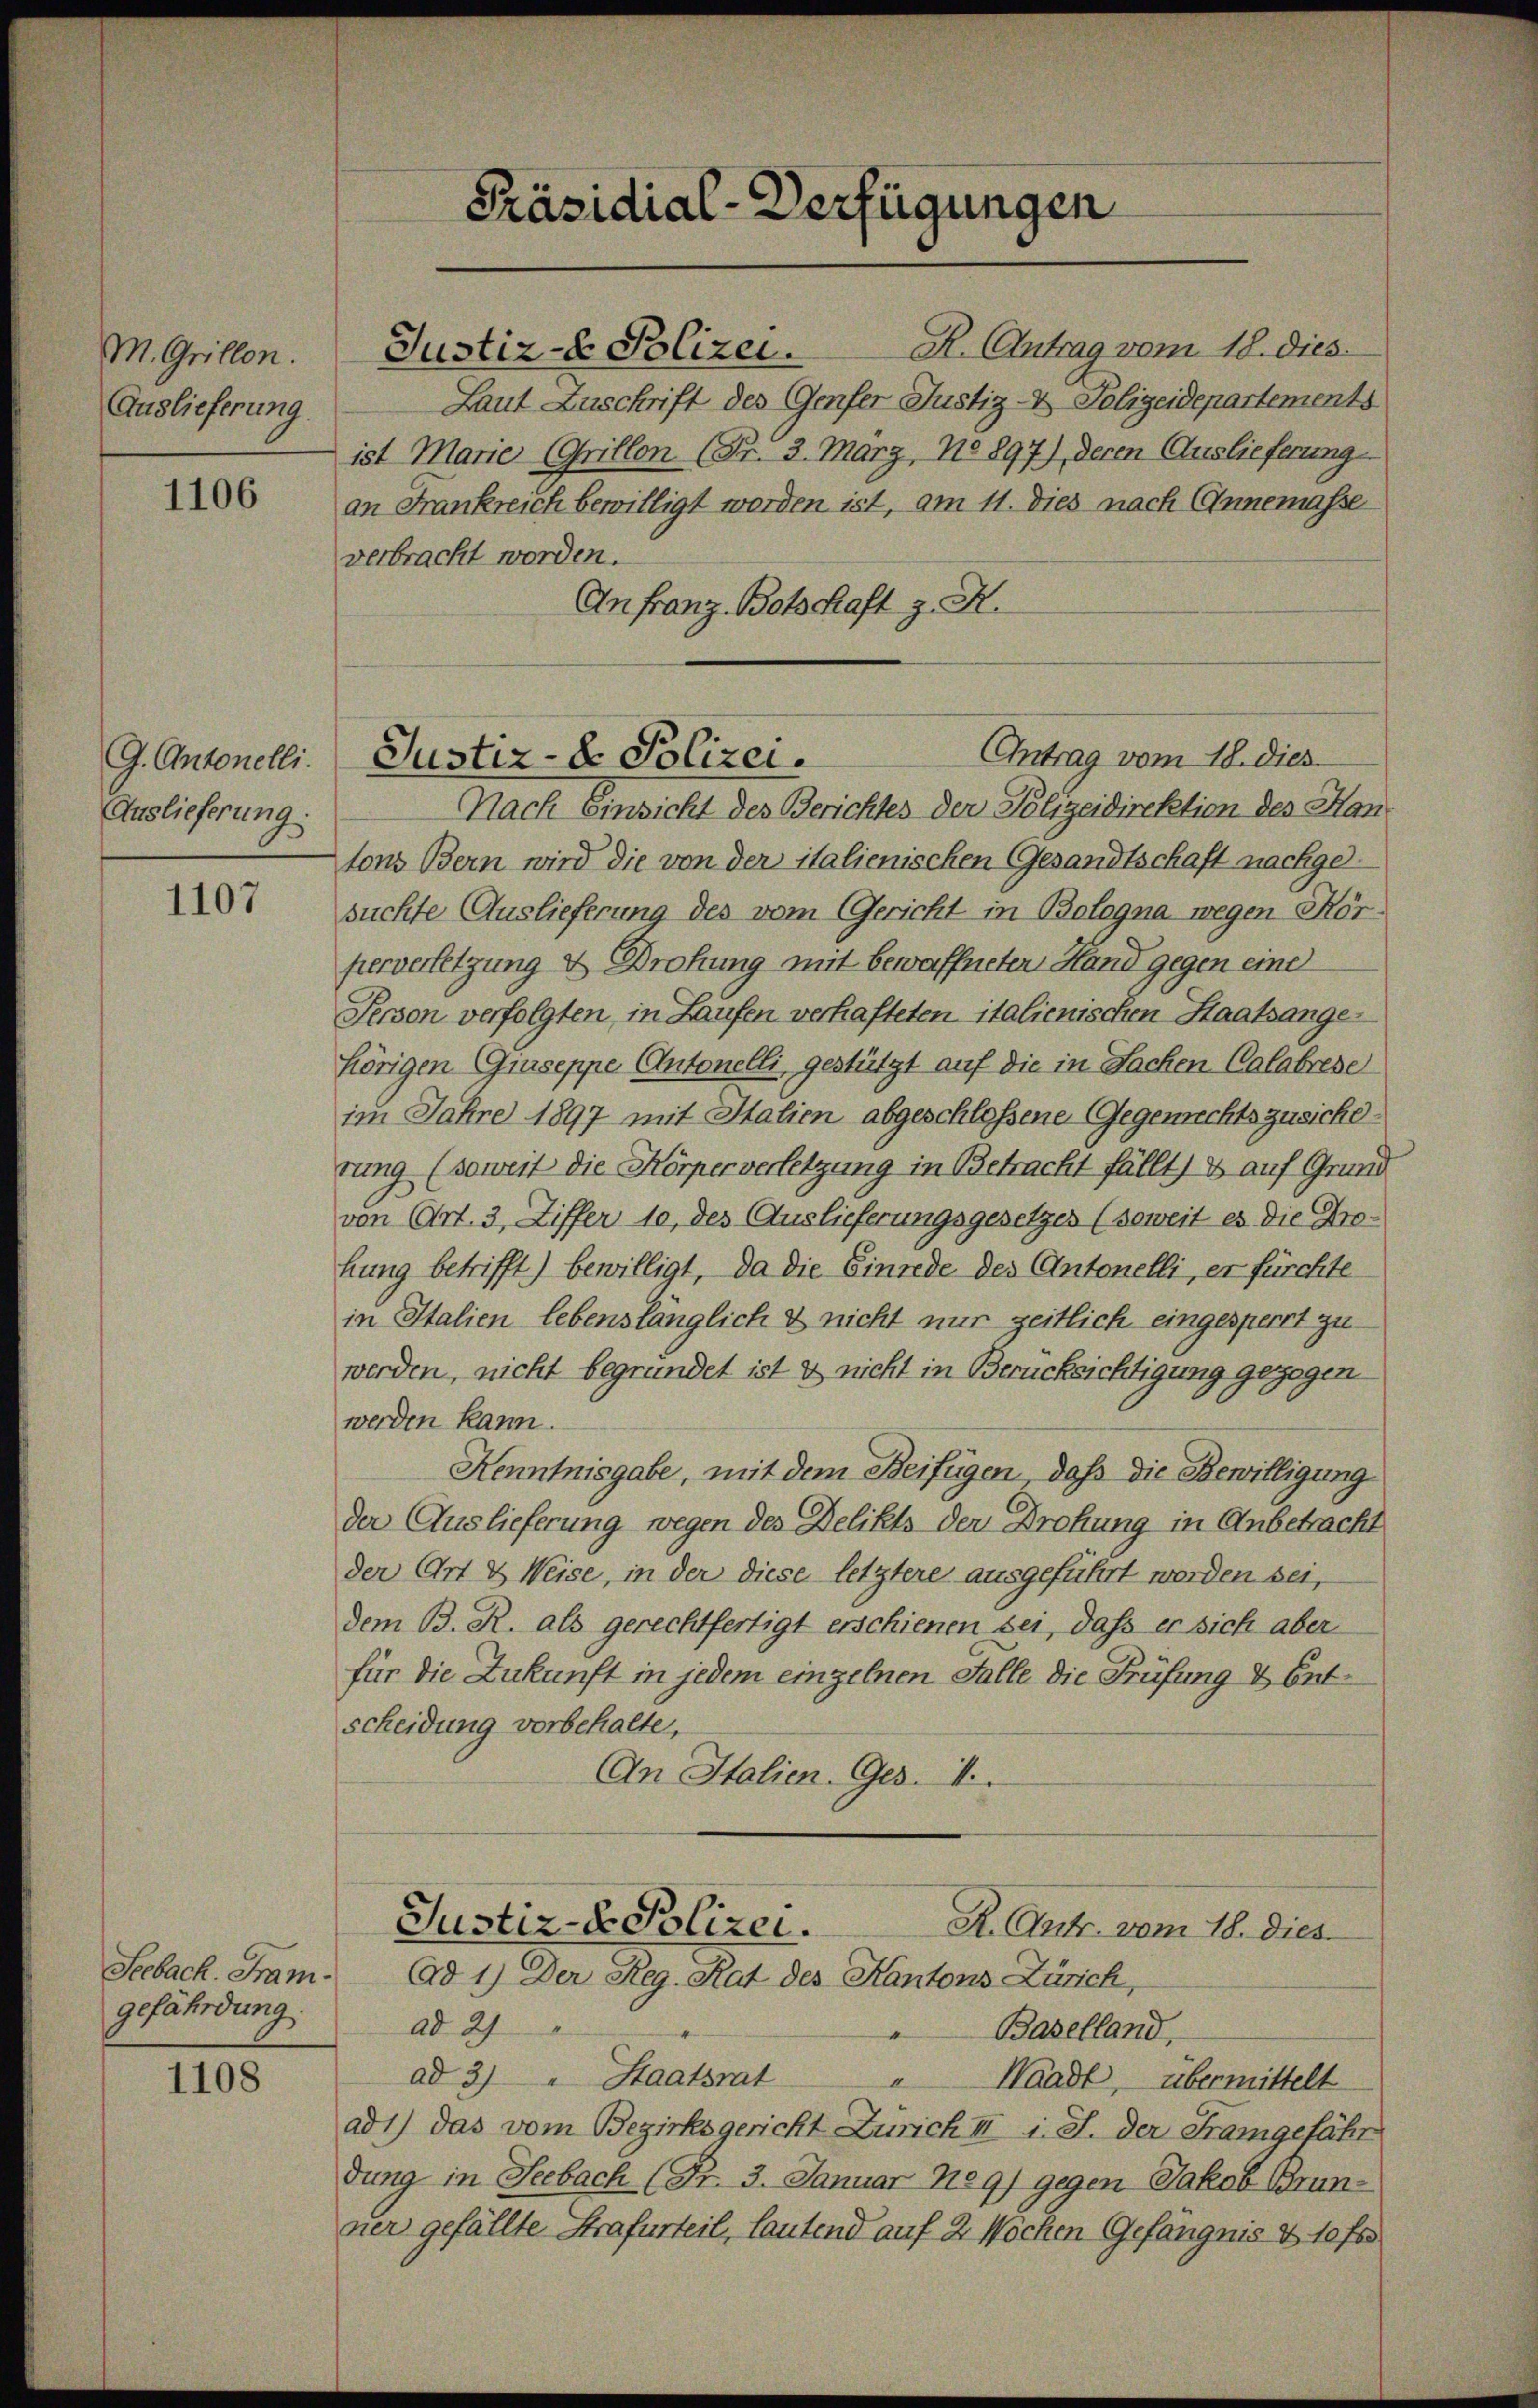
M. Grillon.
Auslieferung

1106

G. Antonelli.
Auslieferung

1107

Seebach. Frangefährdung.

1108

Präsidial-Verfügungen

Justiz- & Polizei.
Laut Zuschrift des Genfer Justiz- & Polizeidepartements
ist Marie (Grillon (Fr. 3. März, No 897), deren Auslieferung
an Frankreich bewilligt worden ist, am 11. dies nach Annemasse
verbracht worden.
An Franz Botschaft z. R.
Nach Einsicht des Berichtes der Polizeidirektion des Hantons Bern wird die von der italienischen Gesandtschaft nachgesuchte Auslieferung des vom Gericht in Bologna wegen Körherverletzung & Drohung mit bewaffneten Hand gegen eine
Person verfolgten, in Laufen verhafteten italienischen Staatsangehörigen Guseppe Antonelli gestützt auf die in Sachen Calabrese
im Jahre 1897 mit Italien abgeschlossene Gegenrechtszusicherung (soweit die Körperverletzung in Betracht fällt, & auf Grund
von Art. 3, Ziffer 10, des Auslieferungsgesetzes (soweit es die Drolung betrifft) bewilligt, da die Einrede des Antonelli, er fürchte
in Italien lebenslänglich & nicht nur zeitlich eingesperrt zuwerden, nicht begründet ist & nicht in Berücksichtigung gezogen
werden kann.
Kenntnisgabe, mit dem Beifügen, daß die Bewilligung
der Auslieferung wegen des Delikts der Drohung in Anbetracht
der Ort & Weise, in der diese letztere ausgeführt worden sei,
dem B. R. als gerechtfertigt erschienen sei, daß er sich aber
für die Zukunft in jedem einzelnen Falle die Prüfung & Entscheidung vorbehalte,
An Italien. Ges. 1
Justiz- & Polizei.
R. Antr. vom 18. dies
Ad 1) Der Reg. Rat des Kantons Zürich,
ad 27
Baselland,
ad 3) " Staatsrat
" Waadt, übermittelt
ad 1) das vom Bezirksgericht Zürich II i. S. der Kramgefähr
dung in Seebach (Nr. 3. Januar 1891 gegen Jakob Brunner gefällte Strafurteil, lautend auf 2 Wochen Gefängnis & 10 fr

Antrag vom 18. dies
Justiz- & Polizei.

R. Antrag vom 18. dies